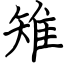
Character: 雉